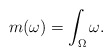
\begin{align*}m(\omega) = \int_{\Omega} \omega.\end{align*}